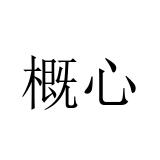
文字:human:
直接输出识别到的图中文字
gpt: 概心